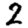
Digit: 2